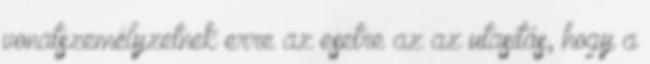
vonatszemélyzetnek erre az esetre az az utasítás, hogy a